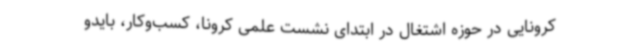
کرونایی در حوزه اشتغال در ابتدای نشست علمی کرونا، کسب‌وکار، بایدو